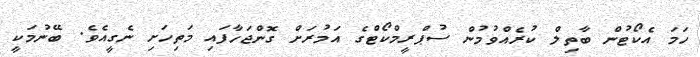
ހަމަ އެކޯޓުން ބާތިލް ކުރެއްވުމުން ސުޕްރީމްކޯޓްގެ އަމުރަށް ގޮންޖަހާފައި މަތިހަށި ނެގީއެވެ. ބޭނުމަކީ